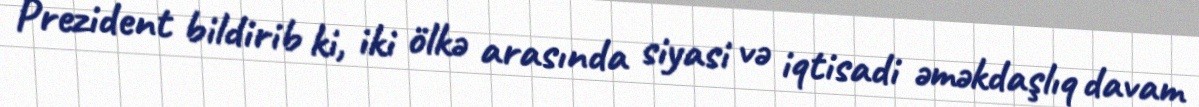
Prezident bildirib ki, iki ölkə arasında siyasi və iqtisadi əməkdaşlıq davam